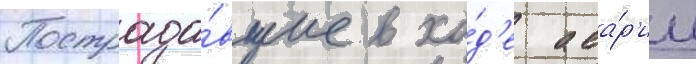
Пострада́вшие в хо́д'е ава́р'ии